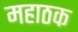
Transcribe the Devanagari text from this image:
महाठक